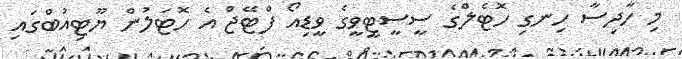
މި ހާދިސާ ހިނގި ހޮޓެލްގެ ސީސީޓީވީގެ ވީޑިއޯ ފްޓޭޖް އެ ހޮޓަލުން ޔޫޓިއުބްގައި